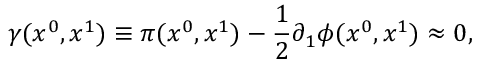
\gamma ( x ^ { 0 } , x ^ { 1 } ) \equiv \pi ( x ^ { 0 } , x ^ { 1 } ) - \frac { 1 } { 2 } \partial _ { 1 } \phi ( x ^ { 0 } , x ^ { 1 } ) \approx 0 ,